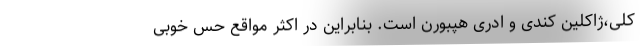
کلی،ژاکلین کندی و ادری هپبورن است. بنابراین در اکثر مواقع حس خوبی